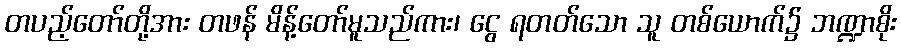
တပည့်တော်တို့အား တဖန် မိန့်တော်မူသည်ကား၊ ငွေ ရတတ်သော သူ တစ်ယောက်၌ ဘဏ္ဍာစိုး